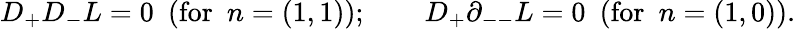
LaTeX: D_{+}D_{-}L=0~~(\mathrm{for}~~n=(1,1));\qquad D_{+}\partial_{--}L=0{}~~(\mathrm{for}~~n=(1,0)).